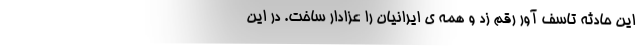
این حادثه تاسف آور رقم زد و همه ی ایرانیان را عزادار ساخت. در این